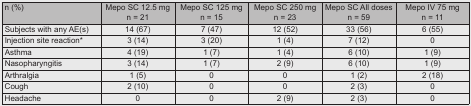
| n (%) | Mepo SC 12.5 mg n = 21 | Mepo SC 125 mg n = 15 | Mepo SC 250 mg n = 23 | Mepo SC All doses n = 59 | Mepo IV 75 mg n = 11 |
 | --- | --- | --- | --- | --- | --- |
 | Subjects with any AE(s) | 14 (67) | 7 (47) | 12 (52) | 33 (56) | 6 (55) |
 | Injection site reaction* | 3 (14) | 3 (20) | 1 (4) | 7 (12) | 0 |
 | Asthma | 4 (19) | 1 (7) | 1 (4) | 6 (10) | 1 (9) |
 | Nasopharyngitis | 3 (14) | 1 (7) | 2 (9) | 6 (10) | 1 (9) |
 | Arthralgia | 1 (5) | 0 | 0 | 1 (2) | 2 (18) |
 | Cough | 2 (10) | 0 | 0 | 2 (3) | 0 |
 | Headache | 0 | 0 | 2 (9) | 2 (3) | 0 |